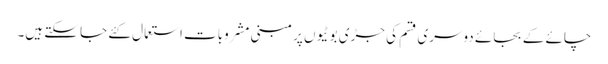
چائے کے بجائے دوسری قسم کی جڑی بوٹیوں پر مبنی مشروبات استعمال کئے جا سکتے ہیں۔